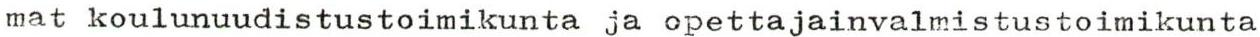
mat koulunuudistustoimikunta ja opettajainvalmistustoimikunta